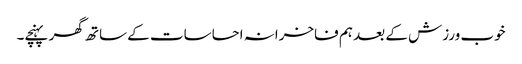
خوب ورزش کے بعد ہم فاخرانہ احساسات کے ساتھ گھر پہنچے۔